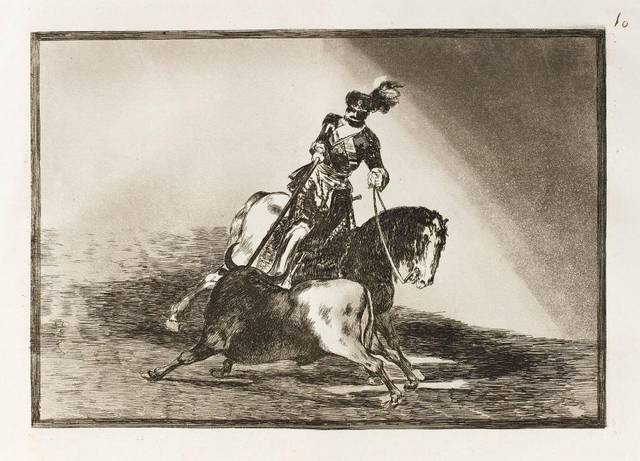
谁忍窥河汉，迢迢问斗牛。